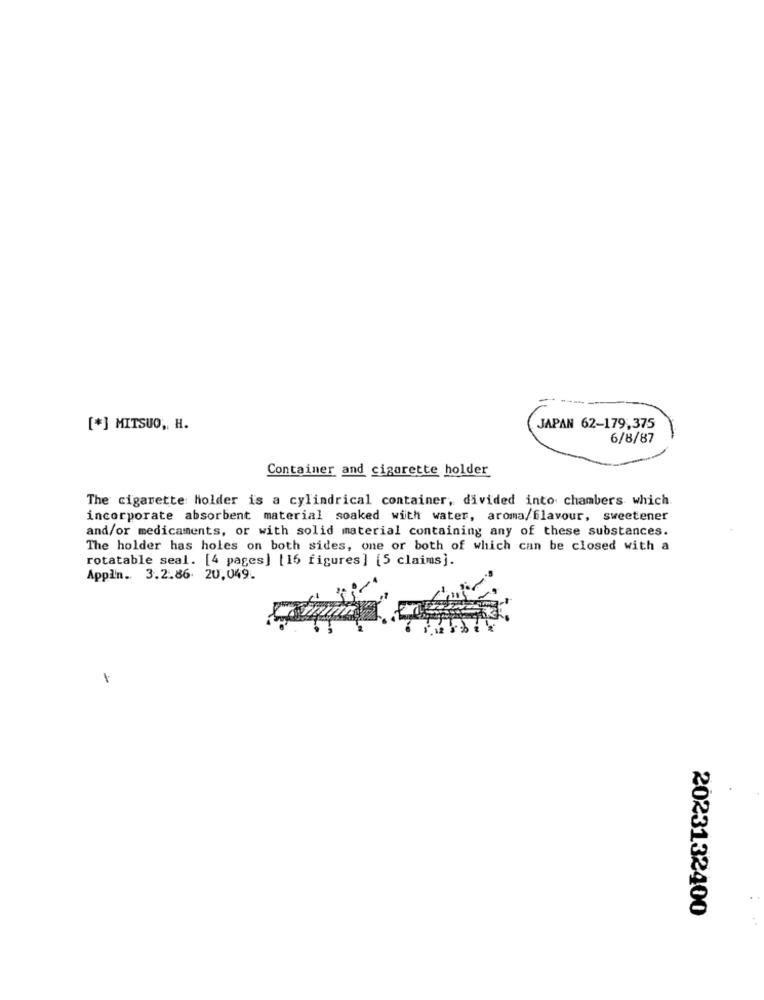
[*] MITSUO, H.
JAPAN 62-179,375
6/8/87
Container and cigarette holder
The cigarette holder is a cylindrical container, divided into chambers which.
incorporate absorbent material soaked with water, aroma,flavour, sweetener
and/or medicaments, or with solid material containing any of these substances.
The holder has holes on both sides, one or both of which can be closed with a
rotatable seal. [4 pages] [16 figures] [5 claims).
Appln. 3.2.86 20,049.
2023132400